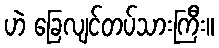
ဟဲ ခြေလျင်တပ်သားကြီး။